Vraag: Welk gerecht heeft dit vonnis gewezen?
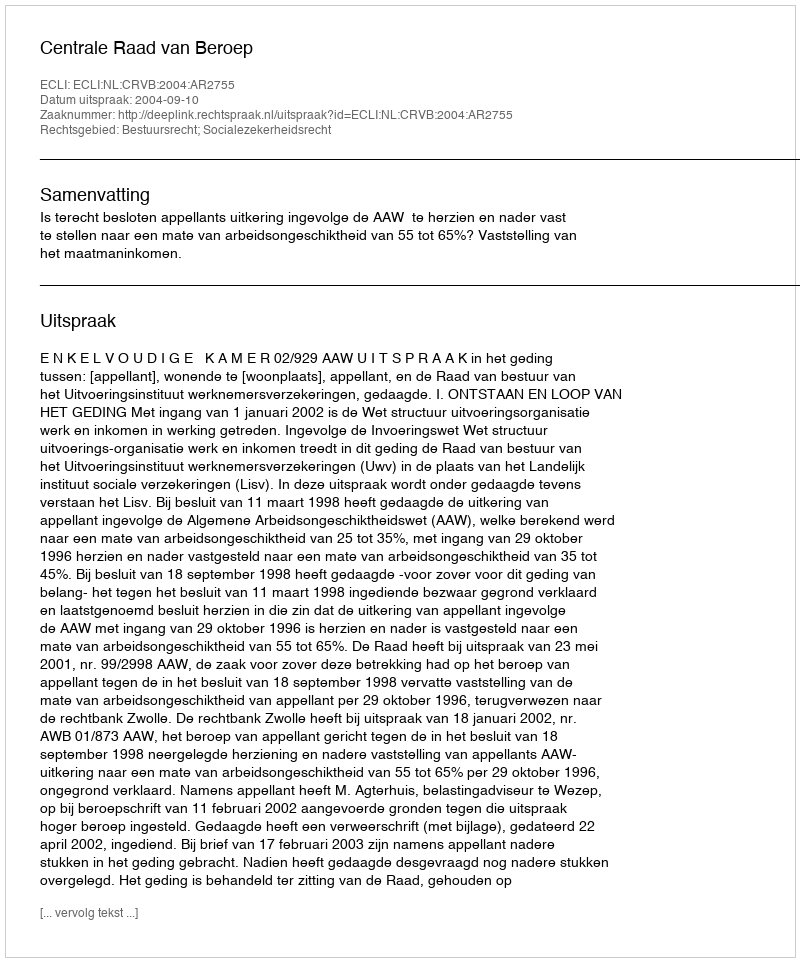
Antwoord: Centrale Raad van Beroep